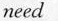
need